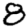
Digit: 8